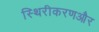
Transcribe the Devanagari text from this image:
स्थिरीकरणऔर